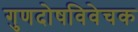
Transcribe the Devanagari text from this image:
गुणदोषविवेचक